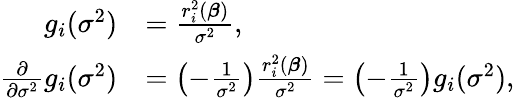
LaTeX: \begin{array}{rl}{g_{i}(\sigma^{2})}&{=\frac{r_{i}^{2}(\boldsymbol{\beta})}{\sigma^{2}},}\\ {\frac{\partial}{\partial\sigma^{2}}g_{i}(\sigma^{2})}&{=\left(-\frac{1}{\sigma^{2}}\right)\frac{r_{i}^{2}(\boldsymbol{\beta})}{\sigma^{2}}=\left(-\frac{1}{\sigma^{2}}\right)g_{i}(\sigma^{2}),}\end{array}